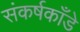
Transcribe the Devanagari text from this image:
संकर्षकाँडे